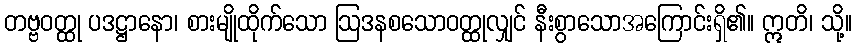
တဗ္ဗဝတ္ထု ပဒဋ္ဌာနော၊ စားမျိုထိုက်သော ဩဒနစသောဝတ္ထုလျှင် နီးစွာသောအကြောင်းရှိ၏။ ဣတိ၊ သို့။